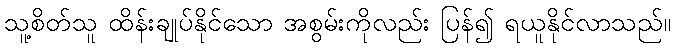
သူ့စိတ်သူ ထိန်းချုပ်နိုင်သော အစွမ်းကိုလည်း ပြန်၍ ရယူနိုင်လာသည်။